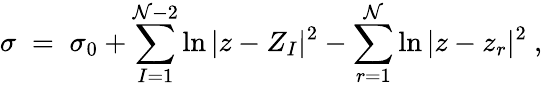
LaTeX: \sigma\; =\; \sigma_{0}+\sum_{I=1}^{\mathcal{N}-2}\ln|z-Z_{I}|^{2}-\sum_{r=1}^{\mathcal{N}}\ln|z-z_{r}|^{2}\ ,